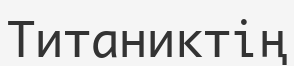
Титаниктің